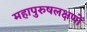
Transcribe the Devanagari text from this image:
महापुरुषलक्षणों